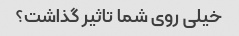
خیلی روی شما تاثیر گذاشت؟